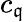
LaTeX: c_{\mathfrak{q}}